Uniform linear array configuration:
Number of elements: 4
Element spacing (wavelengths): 0.75
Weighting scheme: hamming
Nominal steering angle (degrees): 30
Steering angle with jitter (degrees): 31.536
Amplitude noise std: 0.05
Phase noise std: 0.05

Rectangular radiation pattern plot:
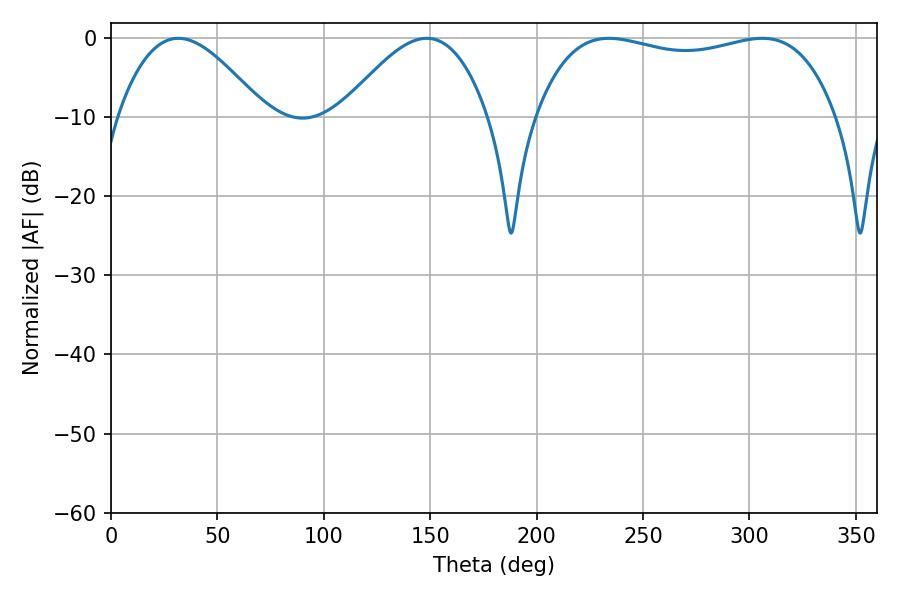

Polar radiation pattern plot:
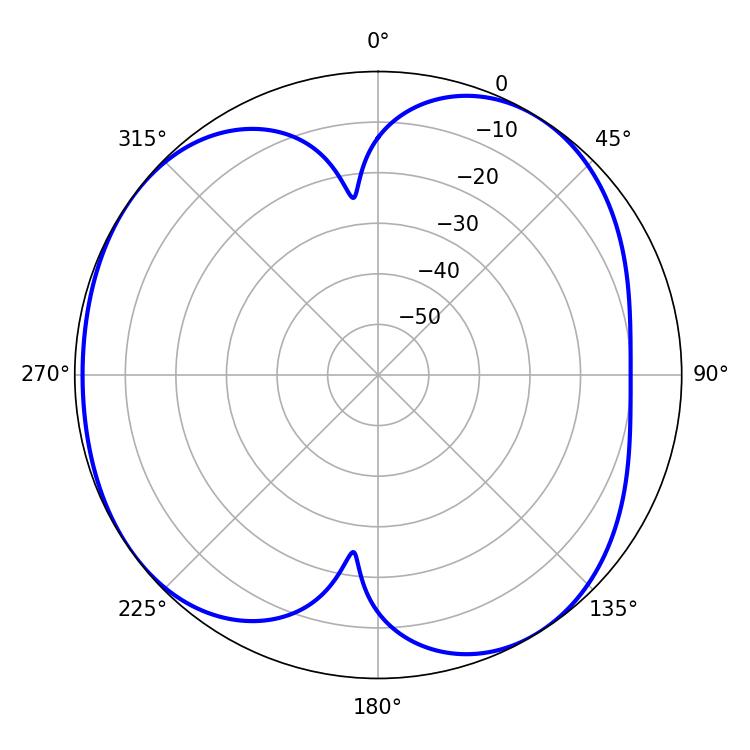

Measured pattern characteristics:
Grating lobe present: TRUE
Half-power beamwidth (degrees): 114.12
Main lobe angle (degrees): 234